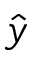
\hat { y }